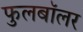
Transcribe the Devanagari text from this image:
फुलबॉलर